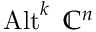
\operatorname { A l t } ^ { k } \ { \mathbb { C } } ^ { n }